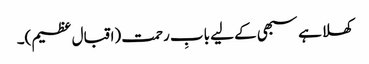
کھلا ہے سبھی کے لیے بابِ رحمت (اقبال عظیم)۔